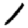
Digit: 1